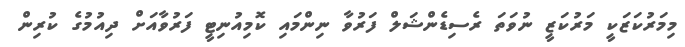
މިމަރުކަޒަކީ މަރުކަޒީ ނުވަތަ ރެސިޑެންޝަލް ފަރުވާ ނިންމައި ކޮމިއުނިޓީ ފަރުވާއަށް ދިއުމުގެ ކުރިން